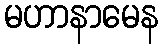
မဟာနာမေန